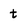
Character: t